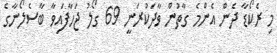
މި ރެކޯޑާ ދެން އެންމެ ގާތުން ވާދަކުރަނީ 69 ގޯލު ޖަހާފައިވާ ބާސެލޯނާގެ